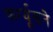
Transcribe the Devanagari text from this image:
फर्ग्यूसने